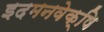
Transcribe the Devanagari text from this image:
इदमनवेक्षि